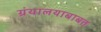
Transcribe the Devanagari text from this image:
ग्रंथालयाबाबत